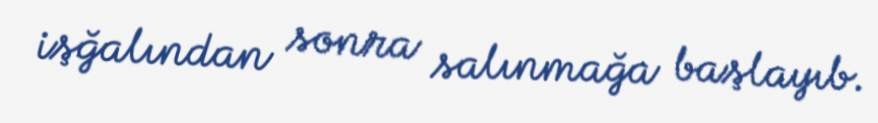
işğalından sonra salınmağa başlayıb.